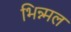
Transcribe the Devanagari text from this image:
भिन्न्मल